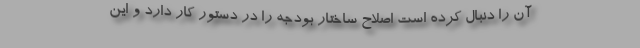
آن را دنبال کرده است اصلاح ساختار بودجه را در دستور کار دارد و این